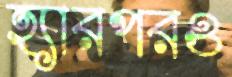
হ্যারপরও